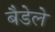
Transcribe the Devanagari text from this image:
बैडेले